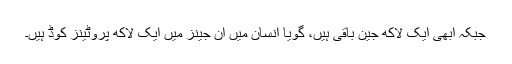
جبکہ ابھی ایک لاکھ جین باقی ہیں، گویا انسان میں ان جینز میں ایک لاکھ پروٹینز کوڈ ہیں۔